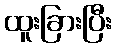
ထူးခြားပြီး